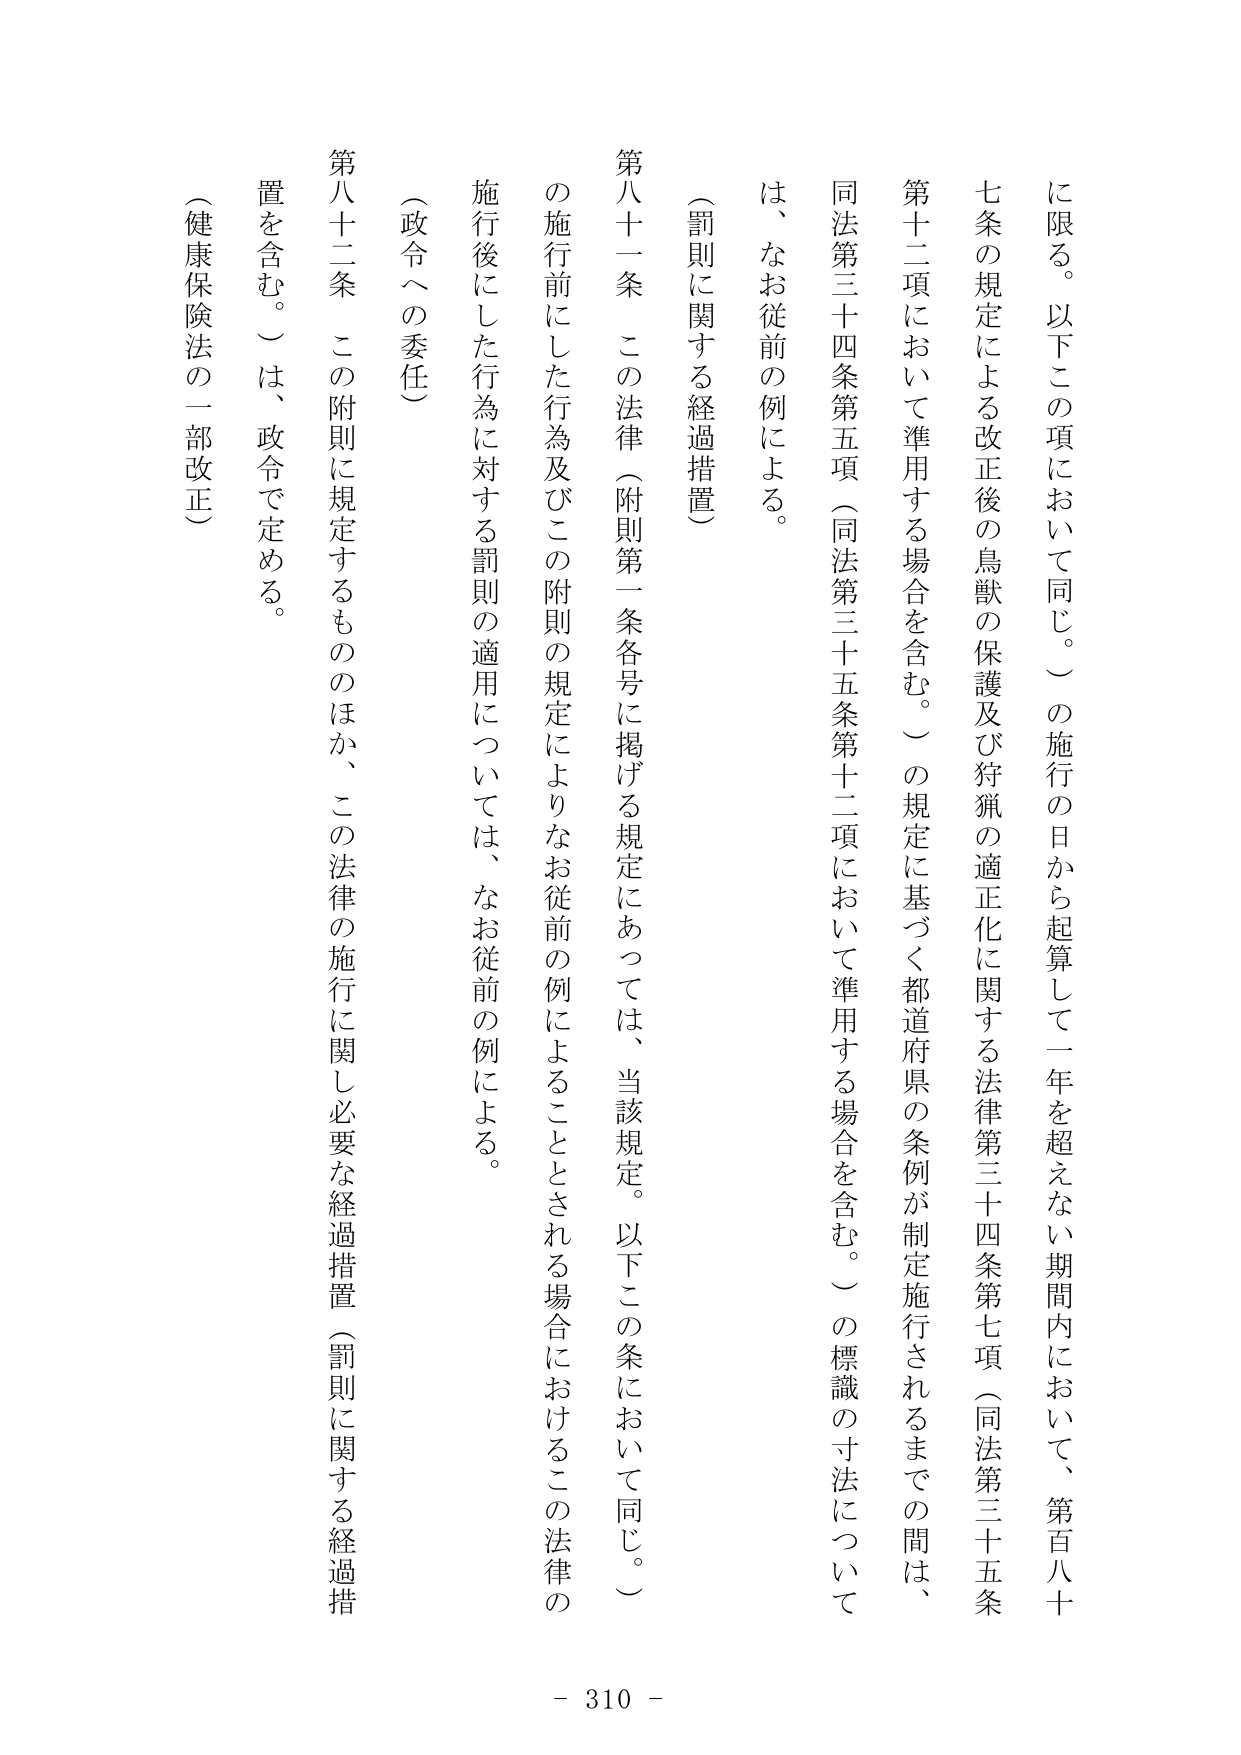
に限る。以下この項において同じ。）の施行の日から起算して一年を超えない期間内において、第百八十
七条の規定による改正後の鳥獣の保護及び狩猟の適正化に関する法律第三十四条第七項（同法第三十五条
第十二項において準用する場合を含む。）の規定に基づく都道府県の条例が制定施行されるまでの間は、
同法第三十四条第五項（同法第三十五条第十二項において準用する場合を含む。）の標識の寸法について
は、なお従前の例による。
（罰則に関する経過措置）
第八十一条 この法律（附則第一条各号に掲げる規定にあっては、当該規定。以下この条において同じ。）
の施行前にした行為及びこの附則の規定によりなお従前の例によることとされる場合におけるこの法律の
施行後にした行為に対する罰則の適用については、なお従前の例による。
（政令への委任）
第八十二条 この附則に規定するもののほか、この法律の施行に関し必要な経過措置（罰則に関する経過措
置を含む。）は、政令で定める。
（健康保険法の一部改正）
- 310 -